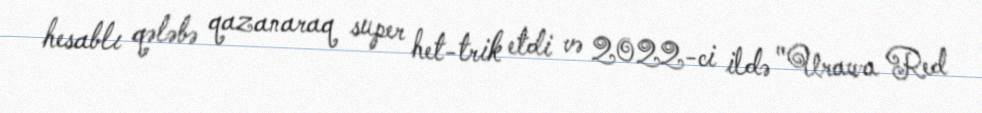
hesablı qələbə qazanaraq super het-trik etdi və 2022-ci ildə "Urawa Red